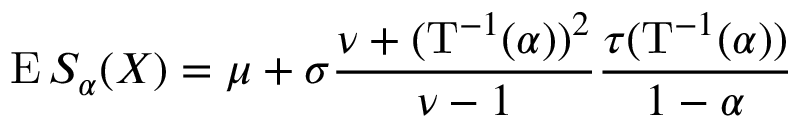
\operatorname { E } S _ { \alpha } ( X ) = \mu + \sigma { \frac { \nu + ( \mathrm { T } ^ { - 1 } ( \alpha ) ) ^ { 2 } } { \nu - 1 } } { \frac { \tau ( \mathrm { T } ^ { - 1 } ( \alpha ) ) } { 1 - \alpha } }